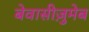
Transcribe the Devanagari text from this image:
बेवासीज़ुमेब